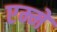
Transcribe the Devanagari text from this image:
एम्मे